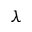
\lambda